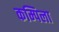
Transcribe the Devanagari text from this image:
कम्पिला